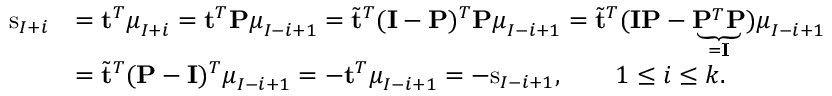
\begin{array} { r l } { \mathrm { s } _ { I + i } } & { = \mathbf { t } ^ { T } \boldsymbol { \mu } _ { I + i } = \mathbf { t } ^ { T } \mathbf { P } \boldsymbol { \mu } _ { I - i + 1 } = \tilde { \mathbf { t } } ^ { T } ( \mathbf { I } - \mathbf { P } ) ^ { T } \mathbf { P } \boldsymbol { \mu } _ { I - i + 1 } = \tilde { \mathbf { t } } ^ { T } ( \mathbf { I } \mathbf { P } - \underbrace { \mathbf { P } ^ { T } \mathbf { P } } _ { = \mathbf { I } } ) \boldsymbol { \mu } _ { I - i + 1 } } \\ & { = \tilde { \mathbf { t } } ^ { T } ( \mathbf { P } - \mathbf { I } ) ^ { T } \boldsymbol { \mu } _ { I - i + 1 } = - \mathbf { t } ^ { T } \boldsymbol { \mu } _ { I - i + 1 } = - \mathrm { s } _ { I - i + 1 } , \qquad 1 \leq i \leq k . } \end{array}